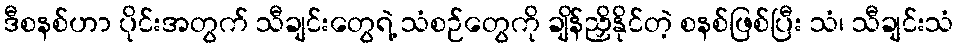
ဒီစနစ်ဟာ ပိုင်းအတွက် သီချင်းတွေရဲ့ သံစဉ်တွေကို ချိန်ညှိနိုင်တဲ့ စနစ်ဖြစ်ပြီး သံ၊ သီချင်းသံ